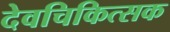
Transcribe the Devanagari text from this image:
देवचिकित्सक